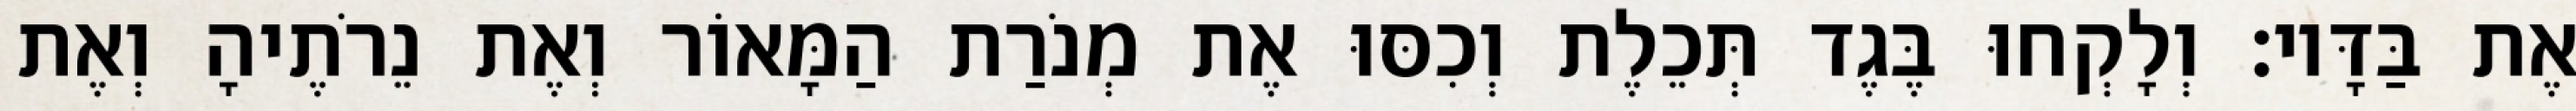
אֶת בַּדָּיו׃ וְלָקְחוּ בֶּגֶד תְּכֵלֶת וְכִסּוּ אֶת מְנֹרַת הַמָּאוֹר וְאֶת נֵרֹתֶיהָ וְאֶת